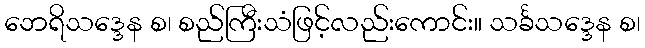
ဘေရိသဒ္ဒေန စ၊ စည်ကြီးသံဖြင့်လည်းကောင်း။ သင်္ခသဒ္ဒေန စ၊